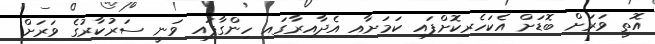
އޮތީ ވަރަށް ބޮޑަށް އެކަހެރިކޮށްފައި ކަމަށާއި އެދާއިރާގައި ހިންގާފައި ވަނީ ސަރުކާރުގެ ވަރަށް